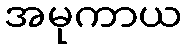
အမုကာယ